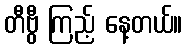
တီဗွီ ကြည့် နေ့တယ်။